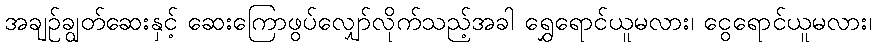
အချဉ်ချွတ်ဆေးနှင့် ဆေးကြောဖွပ်လျှော်လိုက်သည့်အခါ ရွှေရောင်ယူမလား၊ ငွေရောင်ယူမလား၊